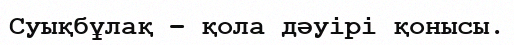
Суықбұлақ – қола дәуірі қонысы.